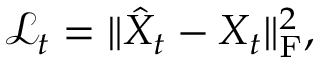
\mathcal { L } _ { t } = \Vert \hat { X } _ { t } - X _ { t } \Vert _ { \mathrm { F } } ^ { 2 } ,